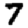
Digit: 7